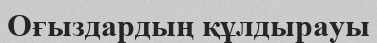
Оғыздардың құлдырауы